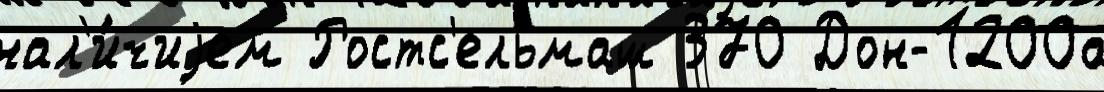
нал'и́чиjем Ростс'ельмаш 370 Дон-1200а